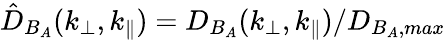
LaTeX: \hat{D}_{B_{A}}(k_{\perp},k_{\parallel})=D_{B_{A}}(k_{\perp},k_{\parallel})/D_{B_{A},max}